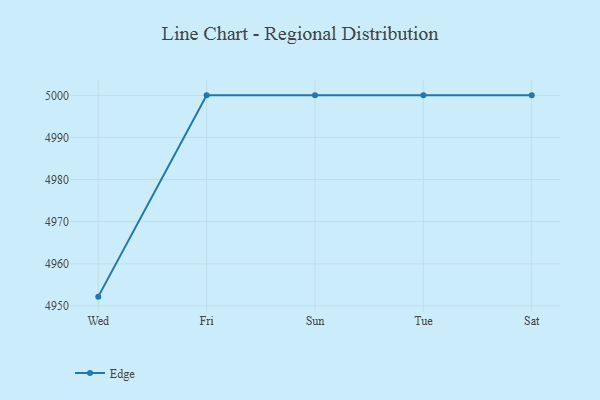
{"axis": {"x": "Day", "y": "Production Output"}, "legend": ["Edge"], "data": [{"x": "Wed", "y": 4952.2, "type": "Edge"}, {"x": "Fri", "y": 5000, "type": "Edge"}, {"x": "Sun", "y": 5000, "type": "Edge"}, {"x": "Tue", "y": 5000, "type": "Edge"}, {"x": "Sat", "y": 5000, "type": "Edge"}]}